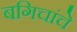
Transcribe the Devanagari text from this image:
बगिचांचे